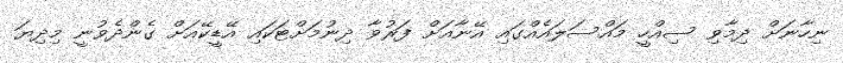
ނިހާނަށް ދިމާވި ސިއްހީ މައްސަލައެއްގައި އޭނާއަށް ފަރުވާ ދިނުމަށްޓަކައި އޭޑީކޭއަށް ގެންދެވުނީ މިދިޔަ